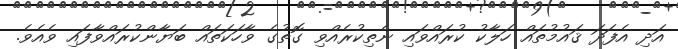
އަދި އެފަދަ ޤައުމުތައް ހަލާކު ކުރައްވައި ނެތިކުރެއްވި ގޮތުގެ ވާހަކަތައް ބަޔާންކުރައްވާފައި ވެއެވެ.